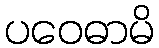
ပဝေဓာမိ